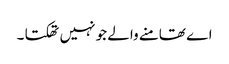
اے تھامنے والے جو نہیں تھکتا ۔